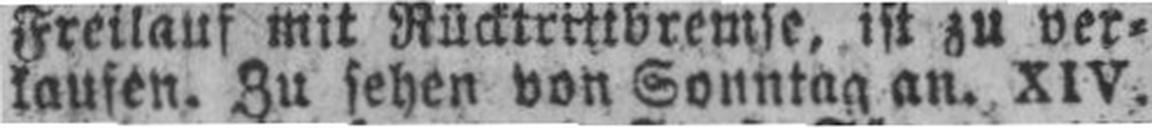
kaufen. Zu sehen von Sonntag an. XIV.